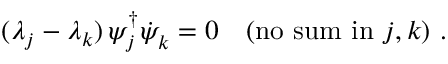
( \lambda _ { j } - \lambda _ { k } ) \, \psi _ { j } ^ { \dagger } { \dot { \psi } } _ { k } ^ { } = 0 ~ ~ ~ \mathrm { ( n o ~ s u m ~ i n } ~ j , k \mathrm { ) } ~ .